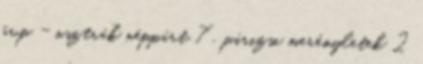
övp - osztrák néppárt 7 , párizsi merényletek 2